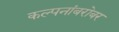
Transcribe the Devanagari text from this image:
कल्पनांबरोबर